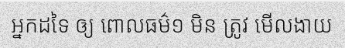
អ្នកដទៃ ឲ្យ ពោលធម៌១ មិន ត្រូវ មើលងាយ